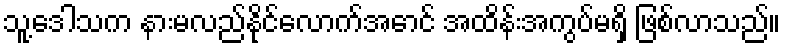
သူ့ဒေါသက နားမလည်နိုင်လောက်အောင် အထိန်းအကွပ်မရှိ ဖြစ်လာသည်။